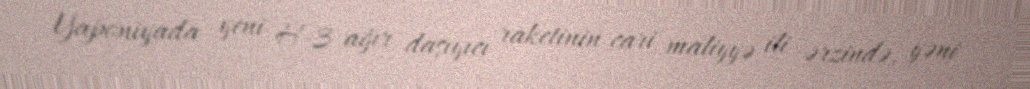
Yaponiyada yeni H-3 ağır daşıyıcı raketinin cari maliyyə ili ərzində, yəni